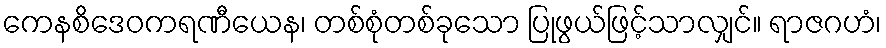
ကေနစိဒေဝကရဏီယေန၊ တစ်စုံတစ်ခုသော ပြုဖွယ်ဖြင့်သာလျှင်။ ရာဇဂဟံ၊